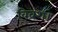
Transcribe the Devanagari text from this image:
विवश।